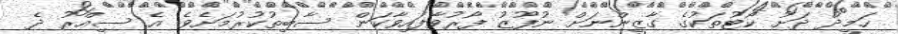
ހަމީދު ދަށު ކޯޓުތަކުގެ ގާޒީންނަށް ނުފޫޒު ފޯރުވާފައިވާކަން ސާބިތުކުރުމަށެވެ. އެ ސިއްރު ދެ